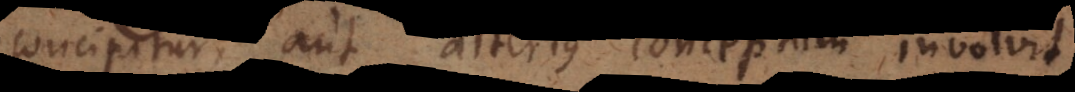
concipitur, aut alterius conceptum involvit.